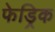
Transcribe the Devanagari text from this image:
फेड्रिक